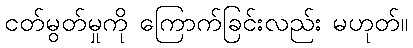
ငတ်မွတ်မှုကို ကြောက်ခြင်းလည်း မဟုတ်။